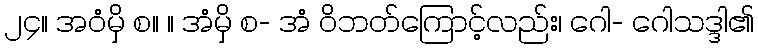
၂၄။ အဝံမှိ စ။ ။ အံမှိ စ- အံ ဝိဘတ်ကြောင့်လည်း၊ ဂေါ- ဂေါသဒ္ဒါ၏